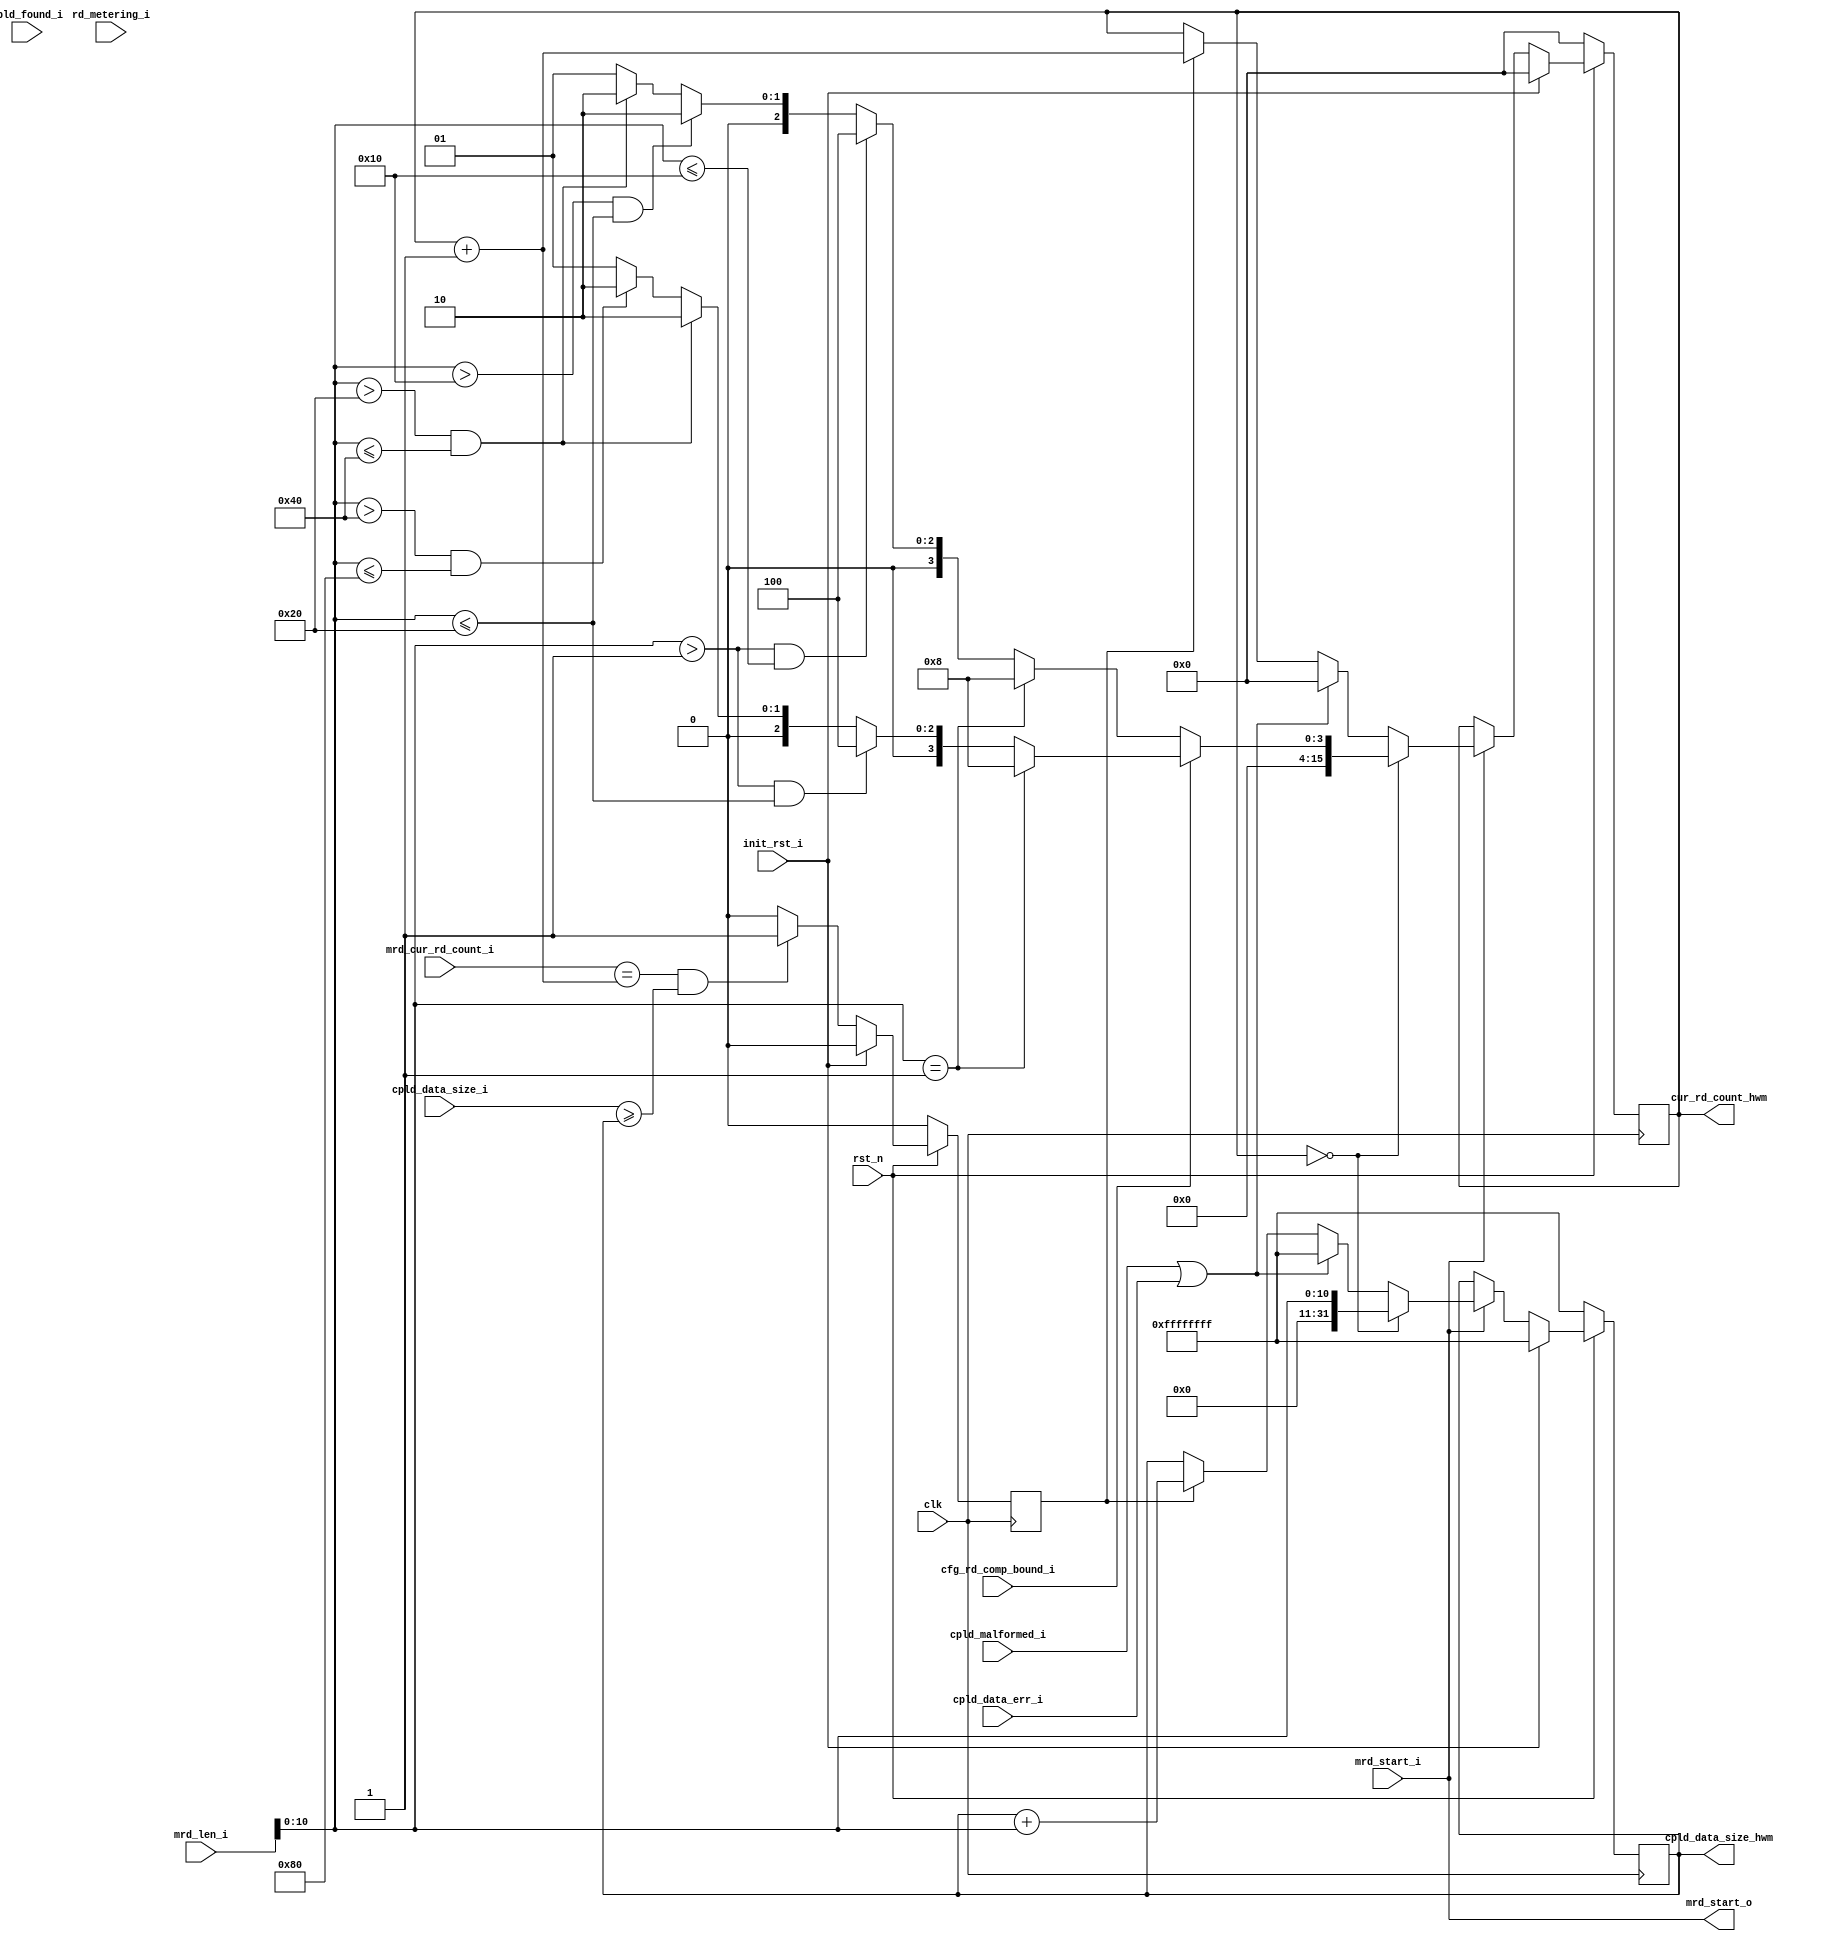
//--------------------------------------------------------------------------------
//--
//-- This file is owned and controlled by Xilinx and must be used solely
//-- for design, simulation, implementation and creation of design files
//-- limited to Xilinx devices or technologies. Use with non-Xilinx
//-- devices or technologies is expressly prohibited and immediately
//-- terminates your license.
//--
//-- Xilinx products are not intended for use in life support
//-- appliances, devices, or systems. Use in such applications is
//-- expressly prohibited.
//--
//--            **************************************
//--            ** Copyright (C) 2005, Xilinx, Inc. **
//--            ** All Rights Reserved.             **
//--            **************************************
//--
//--------------------------------------------------------------------------------
//-- Filename: BMD_RD_THROTTLE.v
//--
//-- Description: Read Metering Unit.
//--
//--------------------------------------------------------------------------------

`timescale 1ns/1ns

`define BMD_RD_THROTTLE_CPL_LIMIT 8

module BMD_RD_THROTTLE (
                         clk,
                         rst_n,

                         init_rst_i,
                         
                         mrd_start_i,
                         mrd_len_i,
                         mrd_cur_rd_count_i,

                         cpld_found_i,               
                         cpld_data_size_i,           
                         cpld_malformed_i,
                         cpld_data_err_i,

                         cfg_rd_comp_bound_i,

                         cpld_data_size_hwm,
                         cur_rd_count_hwm,
                         rd_metering_i,

                         mrd_start_o    

                       );

input                    clk;
input                    rst_n;

input                    init_rst_i;

input                    mrd_start_i;            // Start MRd Tx Command
input [31:0]             mrd_len_i;              // Memory Read Size Command (DWs)
input [15:0]             mrd_cur_rd_count_i;     // Current state of Tx Engine 

input [31:0]             cpld_found_i;           // Current CompletionDs found
input [31:0]             cpld_data_size_i;       // Current Completion data found
input                    cpld_malformed_i;       // Malformed Compltion found
input                    cpld_data_err_i;        // Compltion data error found

input                    cfg_rd_comp_bound_i;    // Programmed RCB = 0=64B or 1=128B

output [31:0]            cpld_data_size_hwm;     // HWMark for Completion Data (DWs)
output [15:0]            cur_rd_count_hwm;       // HWMark for Read Count Allowed

input                    rd_metering_i;

output                   mrd_start_o;            // Tx MRds

parameter                Tcq = 1;

wire                     mrd_start_o;
reg   [31:0]             cpld_data_size_hwm;     // HWMark for Completion Data (DWs)
reg   [15:0]             cur_rd_count_hwm;       // HWMark for Read Count Allowed

reg                      cpld_found;                 

/* Checking for received completions */

always @ ( posedge clk ) begin

  if (!rst_n ) begin

    cpld_found <= #(Tcq) 1'b0;

  end else begin

    if (init_rst_i)
      cpld_found <= #(Tcq) 1'b0;
    else if ((mrd_cur_rd_count_i == (cur_rd_count_hwm + 1'b1)) &&
             (cpld_data_size_i >= cpld_data_size_hwm))
      cpld_found <= #(Tcq) 1'b1;
    else
      cpld_found <= #(Tcq) 1'b0;

  end

end

/* Here cur_rd_count_hwm is driven so that the mrd_start_o can be modulated */

always @ ( posedge clk ) begin
                       
  if (!rst_n ) begin

    cpld_data_size_hwm <= #(Tcq) 32'hFFFF_FFFF;
    cur_rd_count_hwm <= #(Tcq) 15'h0;

  end else begin    

    if (init_rst_i) begin

      cpld_data_size_hwm <= #(Tcq) 32'hFFFF_FFFF;
      cur_rd_count_hwm <= #(Tcq) 15'h0;

    end else begin

      if (mrd_start_i) begin
   
        if (cur_rd_count_hwm == 15'h0) begin   // Initial burst

          if (!cfg_rd_comp_bound_i) begin                   // 64B RCB

            if ((mrd_len_i[10:0] == 1)) begin

              cur_rd_count_hwm <= #(Tcq) `BMD_RD_THROTTLE_CPL_LIMIT;
              cpld_data_size_hwm <= #(Tcq) mrd_len_i[10:0]; 

            end else if ((mrd_len_i[10:0] > 1) &&           // > 4B
                         (mrd_len_i[10:0] <= 16))  begin    // <= 64B

              cur_rd_count_hwm <= #(Tcq) `BMD_RD_THROTTLE_CPL_LIMIT/2;
              cpld_data_size_hwm <= #(Tcq) mrd_len_i[10:0]; 
  
            end else if ((mrd_len_i[10:0] > 16) &&          // > 64B
                         (mrd_len_i[10:0] <= 32))  begin    // <= 128B
  
              cur_rd_count_hwm <= #(Tcq) `BMD_RD_THROTTLE_CPL_LIMIT/4;
              cpld_data_size_hwm <= #(Tcq) mrd_len_i[10:0];
  
            end else if ((mrd_len_i[10:0] > 32) &&          // > 128B
                         (mrd_len_i[10:0] <= 64))  begin    // <= 256B
  
              cur_rd_count_hwm <= #(Tcq) `BMD_RD_THROTTLE_CPL_LIMIT/4;
              cpld_data_size_hwm <= #(Tcq) mrd_len_i[10:0]; 
  
            end else if ((mrd_len_i[10:0] > 64) &&          // > 256B
                         (mrd_len_i[10:0] <= 128))  begin   // <= 512B
  
              cur_rd_count_hwm <= #(Tcq) `BMD_RD_THROTTLE_CPL_LIMIT/8;
              cpld_data_size_hwm <= #(Tcq) mrd_len_i[10:0];
  
            end else begin

              cur_rd_count_hwm <= #(Tcq) `BMD_RD_THROTTLE_CPL_LIMIT/8;
              cpld_data_size_hwm <= #(Tcq) mrd_len_i[10:0];

            end

          end else begin                                  // 128B RCB
     
            if ((mrd_len_i[10:0] == 1)) begin

              cur_rd_count_hwm <= #(Tcq) `BMD_RD_THROTTLE_CPL_LIMIT;
              cpld_data_size_hwm <= #(Tcq) mrd_len_i[10:0]; 

            end else if ((mrd_len_i[10:0] > 1) &&           // > 4B
                         (mrd_len_i[10:0] <= 32))  begin    // <= 128B

              cur_rd_count_hwm <= #(Tcq) `BMD_RD_THROTTLE_CPL_LIMIT/2;
              cpld_data_size_hwm <= #(Tcq) mrd_len_i[10:0]; 
  
            end else if ((mrd_len_i[10:0] > 32) &&        // > 128B
                         (mrd_len_i[10:0] <= 64))  begin  // <= 256B
  
              cur_rd_count_hwm <= #(Tcq) `BMD_RD_THROTTLE_CPL_LIMIT/4;
              cpld_data_size_hwm <= #(Tcq) mrd_len_i[10:0];
  
            end else if ((mrd_len_i[10:0] > 64) &&        // > 256B
                         (mrd_len_i[10:0] <= 128))  begin // <= 512B
  
              cur_rd_count_hwm <= #(Tcq) `BMD_RD_THROTTLE_CPL_LIMIT/4;
              cpld_data_size_hwm <= #(Tcq) mrd_len_i[10:0];
  
            end else begin

              cur_rd_count_hwm <= #(Tcq) `BMD_RD_THROTTLE_CPL_LIMIT/8;
              cpld_data_size_hwm <= #(Tcq) mrd_len_i[10:0];

            end
  
          end
  
        end else begin  // (cur_rd_count_hwm > 15'h0) i.e. after the initial burst, now one at a time
  
          if (cpld_malformed_i || cpld_data_err_i) begin
     
            cpld_data_size_hwm <= #(Tcq) 32'hFFFF_FFFF;
            cur_rd_count_hwm <= #(Tcq) 15'h0;

          end else if (cpld_found == 1'b1) begin

            cur_rd_count_hwm <= #(Tcq) cur_rd_count_hwm + 1'b1;
            cpld_data_size_hwm <= #(Tcq) cpld_data_size_hwm + mrd_len_i[10:0];
  
          end
          
        end

      end

    end

  end

end

`ifdef READ_THROTTLE
assign mrd_start_o = (rd_metering_i == 0) ? mrd_start_i 
                                      : (mrd_start_i & (cur_rd_count_hwm  >= mrd_cur_rd_count_i));
`else
assign mrd_start_o = mrd_start_i;
`endif

endmodule // BMD_RD_THROTTLE